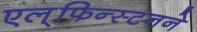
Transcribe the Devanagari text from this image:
एल्‌फिन्स्टनने